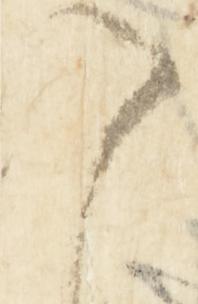
八